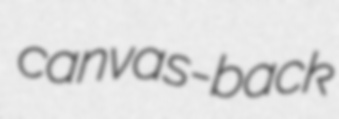
canvas-back